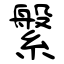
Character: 縏